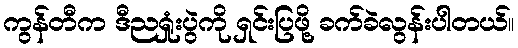
ကွန်တီက ဒီညရှုံးပွဲကို ရှင်းပြဖို့ ခက်ခဲလွန်းပါတယ်။